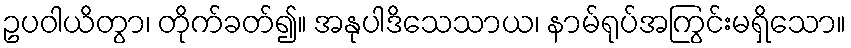
ဥပဝါယိတွာ၊ တိုက်ခတ်၍။ အနုပါဒိသေသာယ၊ နာမ်ရုပ်အကြွင်းမရှိသော။